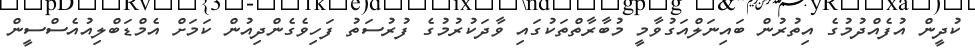
ކުދީން އުފެއްދުމުގެ އިތުރުން ބައިނަލްއަގުވާމީ މުބާރާތްތަކުގައި ވާދަކުރުމުގެ ފުރުސަތު ފަހިވެގެންދިއުން ކަމަށް އެމްޑަބްލިއުއެސްސީން